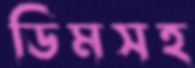
ডিমসহ